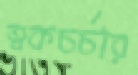
ত্বকচর্চার